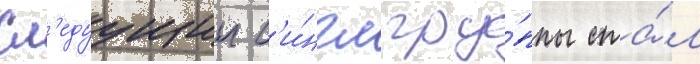
Сл'едуущии с'и́нгл гру́ппы ста́л